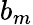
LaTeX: b_{m}